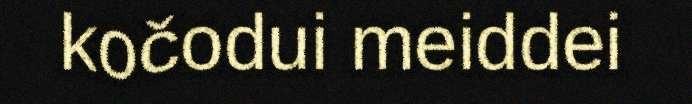
kočodui meiddei